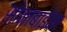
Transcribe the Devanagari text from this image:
सोनाबाईंना